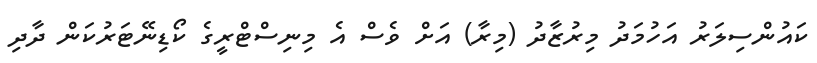
ކައުންސިލަރު އަހުމަދު މިރުޒާދު (މިރާ) އަށް ވެސް އެ މިނިސްޓްރީގެ ކޯޑިނޭޓަރުކަން ދާދި